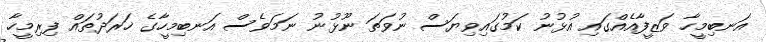
އަނބިމީހާ ވަޒީފާއެއްގައި އުޅުނު ކަމުގައިވިޔަސް ނުވަތަ ނޫޅުނު ނަމަވެސް އަނބިމީހާގެ ޚަރަދުތައް ފިރިމީހާ